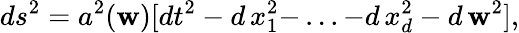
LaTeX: ds^{2}=a^{2}(\mathbf{w})[dt^{2}-d\, x_{1}^{2}-\, ...-d\, x_{d}^{2}-d\, \mathbf{w}^{2}],